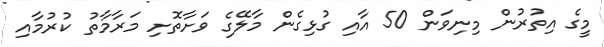
މީގެ އިތުރުން މިނިވަން 50 އާއި ގުޅިގެން މާލޭގެ ވަށާތޮށި މަރާމާތު ކުރުމާއި